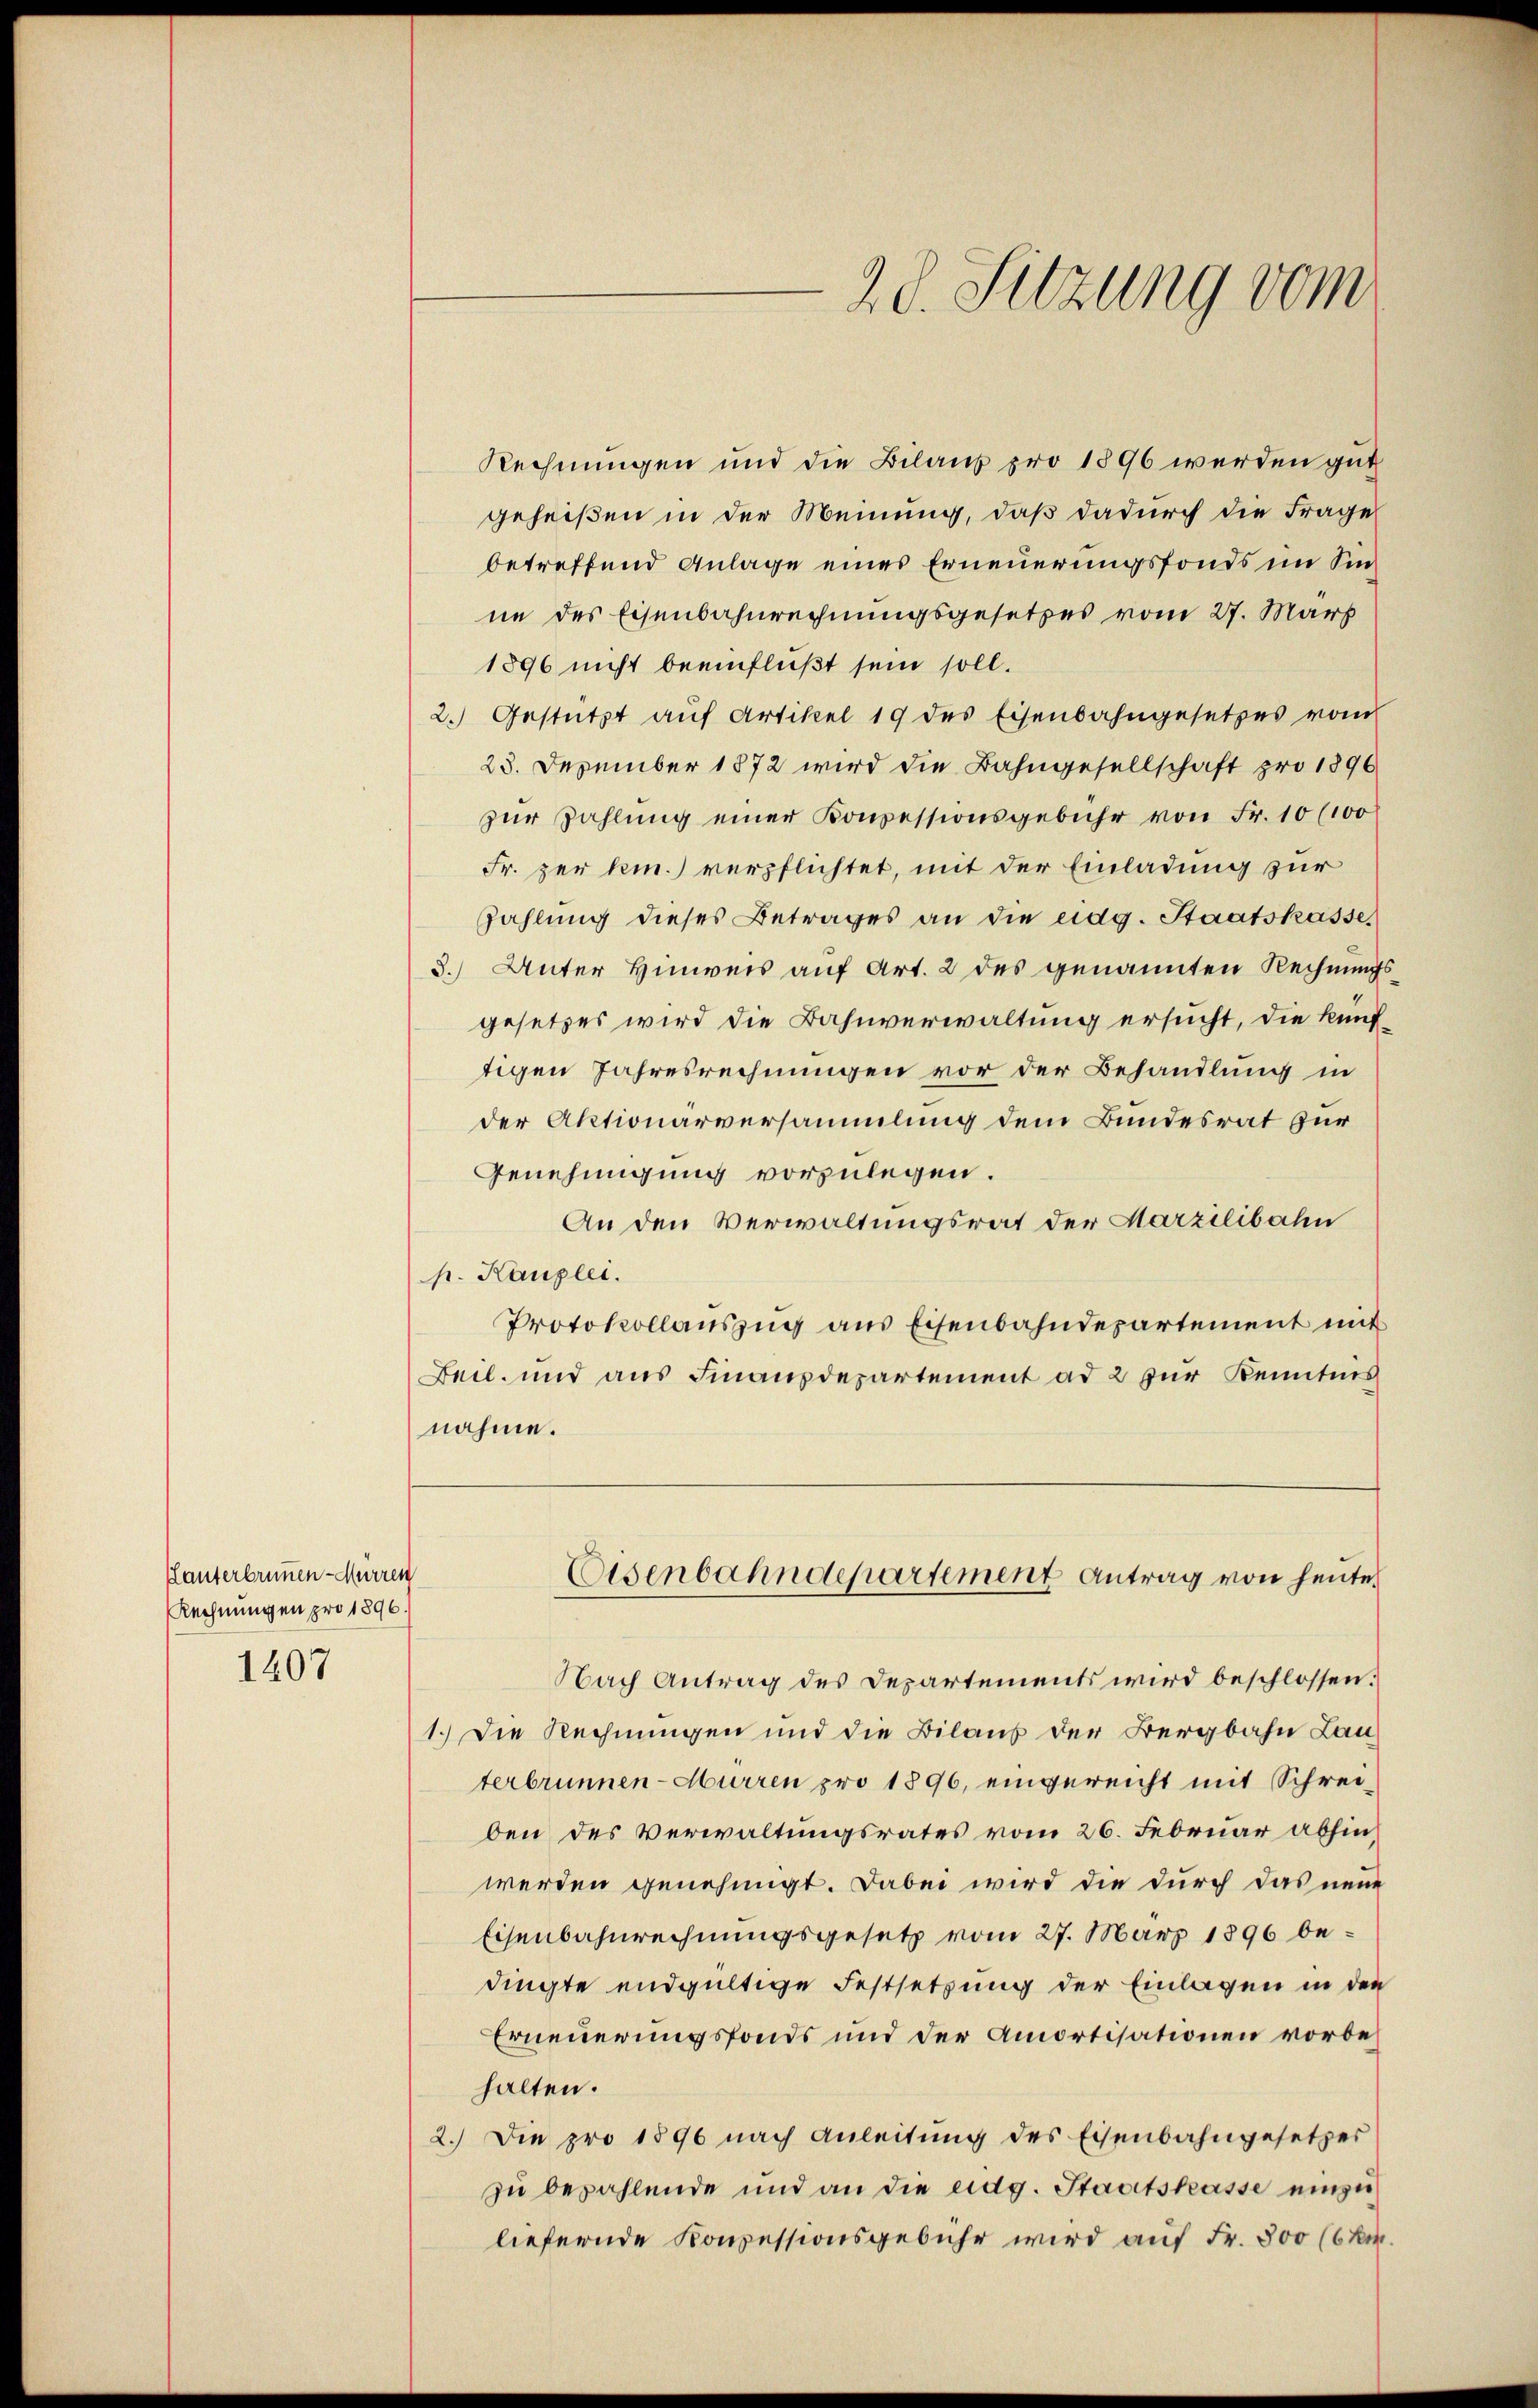
Hanterbrunnen-Mürren
Rechnungen pro 1896
1407

Rechnungen und die Bilans pro 1896 werden gut
geheißen in der Meinung, daß dadurch die Frage
betreffend Anlage eines Erneuerungsfonds im Sinne des Eisenbahnrechnungsgesetzes vom 27. März
1896 nicht beeinflußt sein soll.
2.) Gestützt auf Artikel 19 des Eisenbahngesetzes vom
23. Dezember 1872 wird die Bahngesellschaft pro 1896
zŭr Zahlŭng einer Konzessionsgebühr von Fr. 10 (100
Fr. per hin.) verpflichtet, mit der Einladung zur
Zahlung dieses Betrages an die eidg. Staatskasse,
3.) Unter Hinweis auf Art. 2 des genannten Rechnungsgesetzes wird die Bahnverwaltung ersucht, die künftigen Jahresrechnungen vor der Behandlung in
der Aktionärversammlung dem Bundesrat zur
Genehmigung vorzulegen.
An den Verwaltungsrat der Marzilibahn
p. Kanzlei.
Protokollauszug aus Eisenbahndepartement mit
Beil, und aus Finanzdepartement ad 2 zur Kenntnis
nahme.

20. Sitzung vom

Eisenbahndepartement Antrag von heute

Nach Antrag des Departements wird beschlossen:
1.) Die Rechnungen und die Bilaus der Bergbahn Lau
terbrunnen-Murren pro 1896, eingereicht mit Schreiben des Verwaltungsrates vom 26. Februar abhinwerden genehmigt. Dabei wird die durch das neue
Eisenbahnrechnungsgesetz vom 27. März 1896 bedingte endgültige Festsetzung der Einlagen in den
Erneuerungsfonds und der Amortisationen vorbehalten.
2.) Die pro 1896 nach Anleitŭng des Eisenbahngesetzes
zu bezahlende und an die eidg. Staatskasse einzuliefernde Konzessionsgebühr wird auf Fr. 300 (6kr.